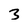
Character: 3